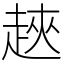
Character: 𧻵